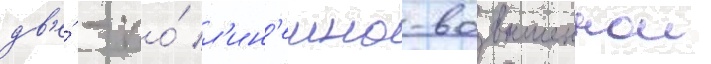
дв'е́ - по́ л'ин'еино-возвышеннои